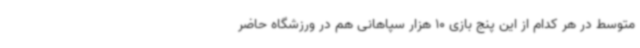
متوسط در هر کدام از این پنج بازی 10 هزار سپاهانی هم در ورزشگاه حاضر